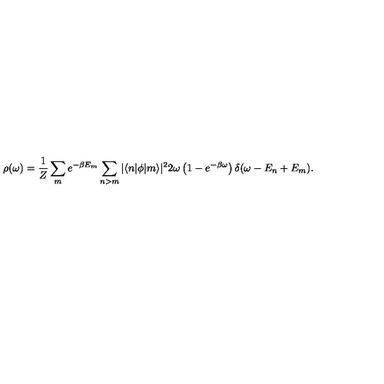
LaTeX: \rho ( \omega ) = { \frac { 1 } { Z } } \sum _ { m } e ^ { - \beta E _ { m } } \sum _ { n > m } \vert \langle n \vert \phi \vert m \rangle \vert ^ { 2 } 2 \omega \left( 1 - e ^ { - \beta \omega } \right) \delta ( \omega - E _ { n } + E _ { m } ) .